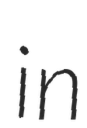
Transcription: in